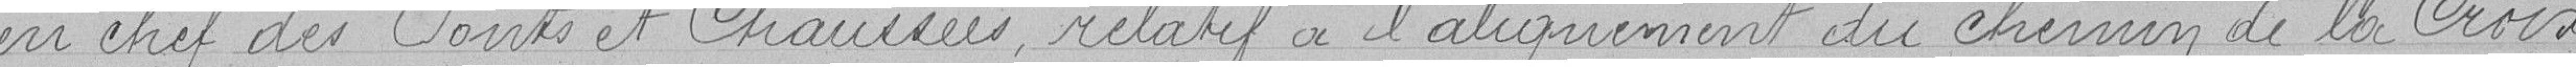
en chef des Ponts et Chaussées, relatif à l'alignement du chemin de la Croix